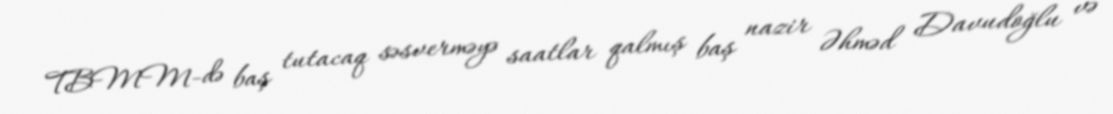
TBMM-də baş tutacaq səsverməyə saatlar qalmış baş nazir Əhməd Davudoğlu və